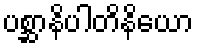
ပစ္ဆာနိပါတိနိယော